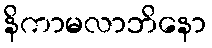
နိကာမလာဘိနော